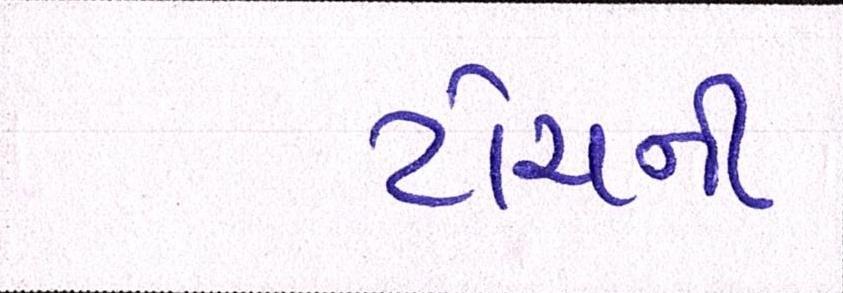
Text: ટોચની